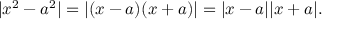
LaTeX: | x ^ { 2 } - a ^ { 2 } | = | ( x - a ) ( x + a ) | = | x - a | | x + a | .